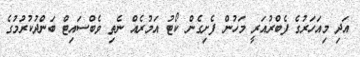
އަދި މިއަހަރުގެ ފެބްރުއަރީ މަހުން ފެށިގެން ކޯޓު އަމުރެއް ނެތި ވެބްސައިޓް ބަންދުކުރުމުގެ